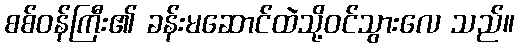
စစ်ဝန်ကြီး၏ ခန်းမဆောင်ထဲသို့ဝင်သွားလေ သည်။